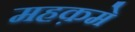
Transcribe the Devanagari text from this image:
महक़मे